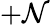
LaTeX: +\mathcal{N}